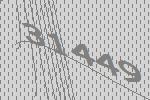
31449